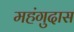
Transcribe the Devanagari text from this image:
महंगुदास